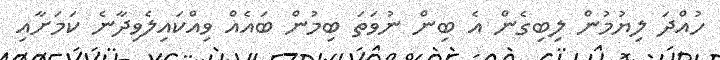
ހުއްދަ ލިޔުމުން ލިބިގެން އެ ބިން ނުވަތަ ބިމުން ބައެއް ވިއްކައިލެވިދާނެ ކަމަށާއި